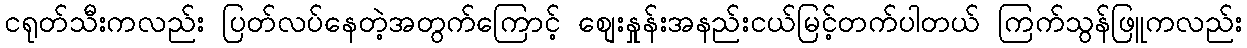
ငရုတ်သီးကလည်း ပြတ်လပ်နေတဲ့အတွက်ကြောင့် စျေးနှုန်းအနည်းငယ်မြင့်တက်ပါတယ် ကြက်သွန်ဖြူကလည်း